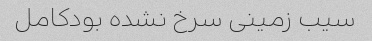
سیب زمینی سرخ نشده بود‌کامل